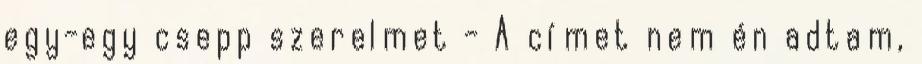
egy-egy csepp szerelmet - A címet nem én adtam,